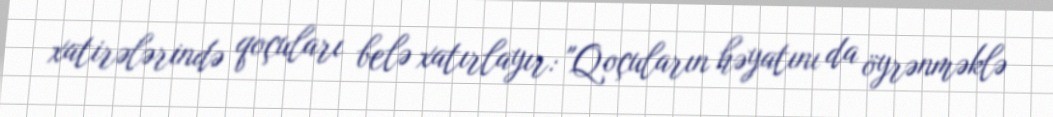
xatirələrində qoçuları belə xatırlayır: "Qoçuların həyatını da öyrənməklə